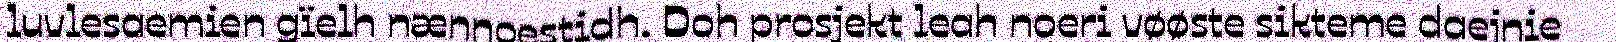
luvlesaemien gïelh nænnoestidh. Doh prosjekt leah noeri vøøste sikteme daejnie